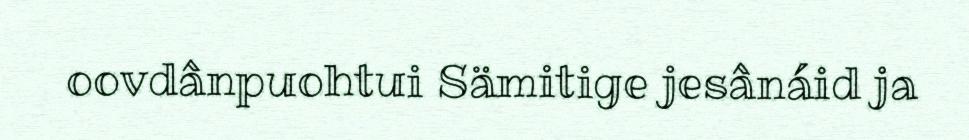
oovdânpuohtui Sämitige jesânáid ja